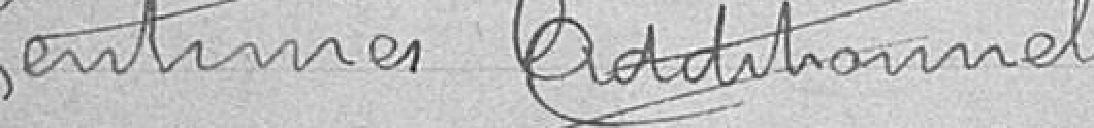
Centimes addionnels